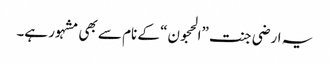
یہ ارضی جنت ”الحجون“ کے نام سے بھی مشہور ہے۔